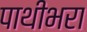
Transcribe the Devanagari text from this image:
पाथीभरा